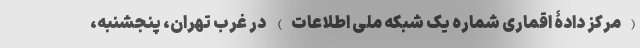
(مرکز دادۀ اقماری شماره یک شبکه ملی اطلاعات) در غرب تهران، پنجشنبه،